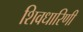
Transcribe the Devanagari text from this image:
शिवधारिणी